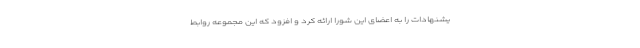
یشنهادات را به اعضای این شورا ارائه کرد و افزود که این مجموعه روابط